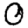
Digit: 0